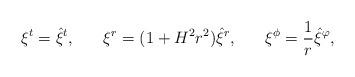
LaTeX: \begin{align*}\xi^t=\hat{\xi}^t,\;\;\;\;\;\;\xi^r=(1+H^2r^2)\hat{\xi}^r,\;\;\;\;\;\;\xi^\phi=\frac{1}{r}\hat{\xi}^\varphi,\end{align*}